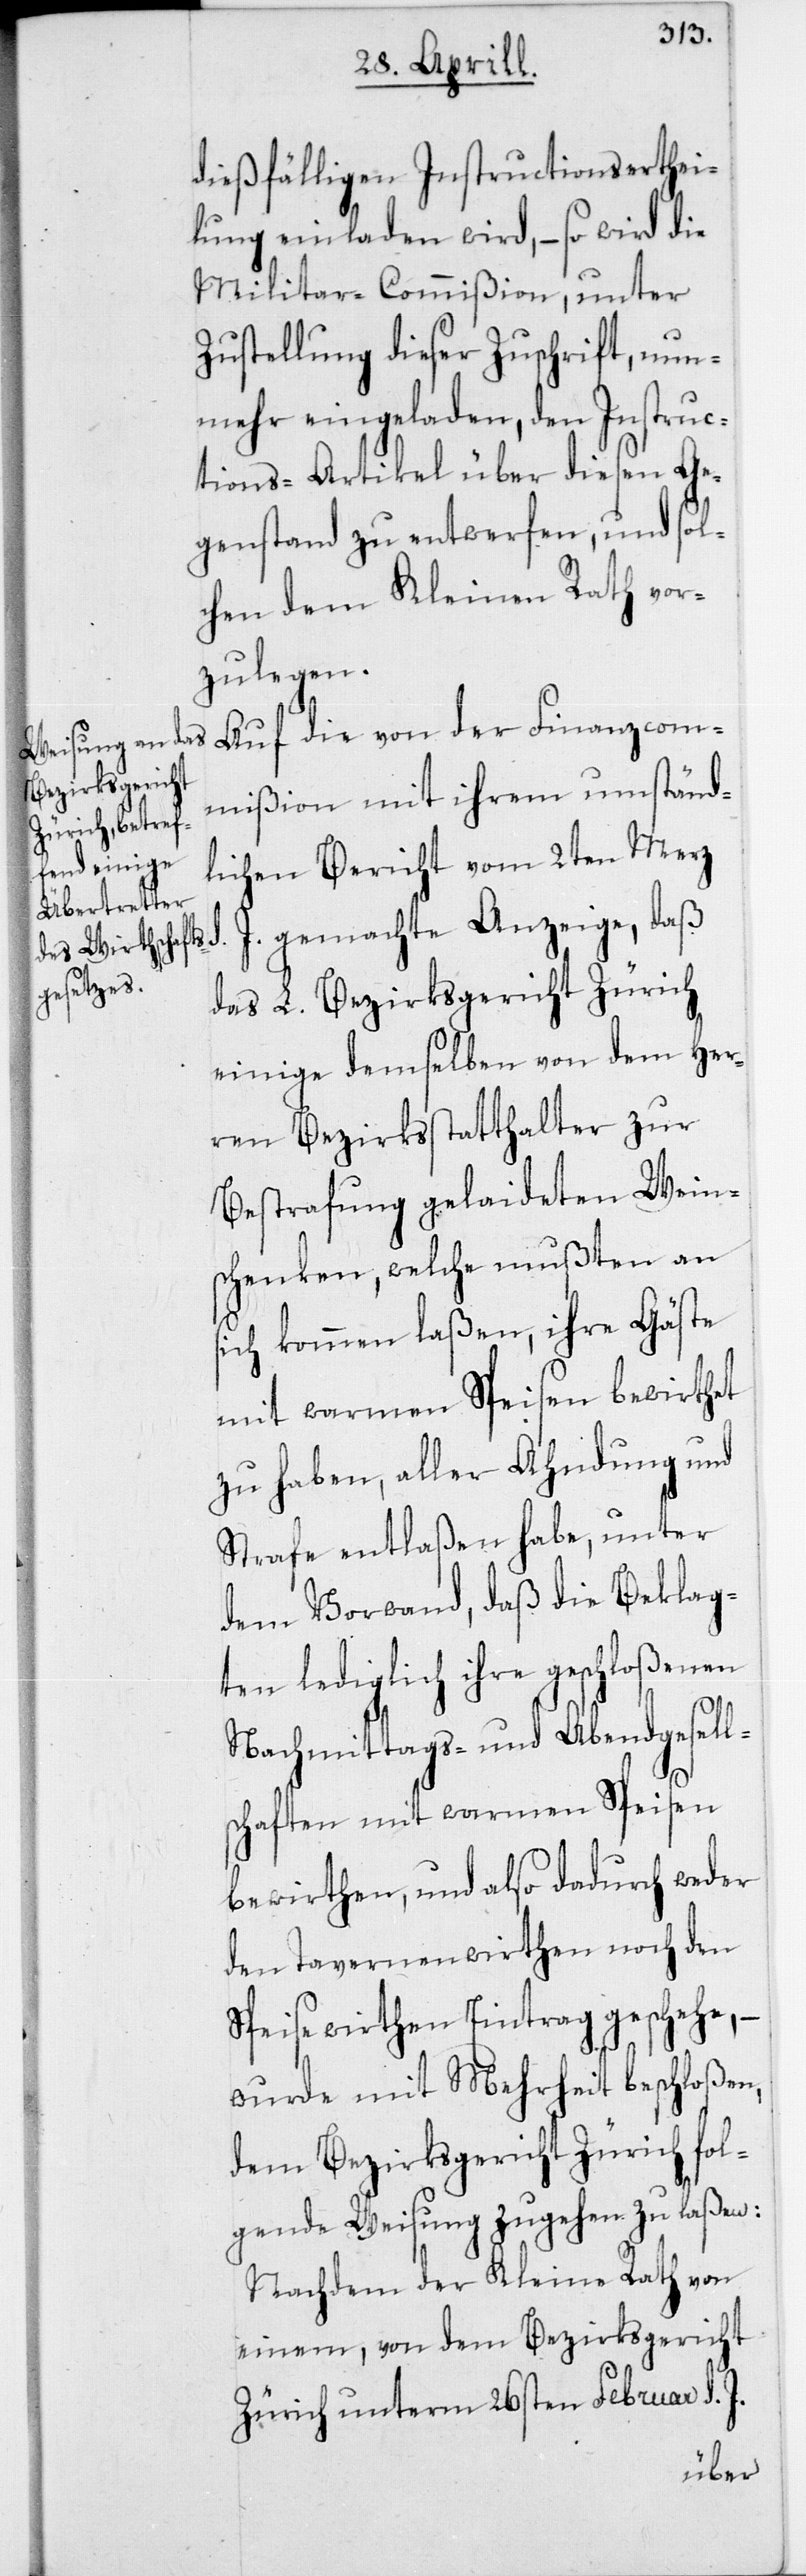
dießfälligen Instructionserthei¬
lung einladen wird, – so wird die
Militar-Commißion, unter
Zustellung dieser Zuschrift, nun¬
mehr eingeladen, den Instruc¬
tions-Artikel über diesen Ge¬
genstand zu entwerfen, und sol¬
chen dem Kleinen Rath vor¬
zulegen.
Auf die von der Finanzcom¬
mißion mit ihrem umständ¬
lichen Bericht vom 2ten Merz
gemachte Anzeige, daß
das L. Bezirksgericht Zürich
einige demselben von dem Her¬
ren Bezirksstatthalter zur
Bestrafung gelaideten Weins¬
chenken, welche mußten an
sich kommen laßen, ihre Gäste
mit warmen Speisen bewirthet
zu haben, aller Ahndung und
Strafe entlaßen habe, unter
dem Vorwand, daß die Beklag¬
ten lediglich ihre geschloßenen
Nachmittags- und Abendgesell¬
schaften mit warmen Speisen
bewirthen, und also dadurch weder
den Tavernenwirthen noch den
Speisewirthen Eintrag geschehe, –
wurde mit Mehrheit beschloßen,
dem Bezirksgericht Zürich fol¬
gende Weisung zugehen zu laßen:
Nachdem der Kleine Rath von
einem, von dem Bezirksgericht
Zürich unterm 26sten Februar d. J.